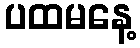
ပထမနေ့